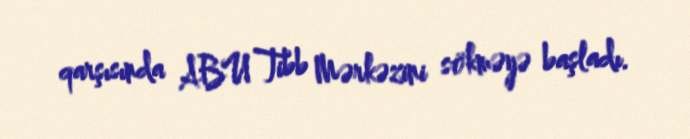
qarşısında ABU Tibb Mərkəzini sökməyə başladı.